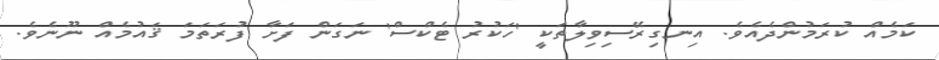
ކަމެއް ކުރަމުންދެއެވެ. އިނގިރޭސިވިލާތަކީ 'ހަކުރު ޓެކްސް' ނަގަން ފަށާ ފުރަތަމަ ޤައުމެއް ނޫނެވެ.